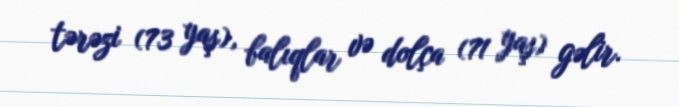
tərəzi (73 yaş), balıqlar və dolça (71 yaş) gəlir.